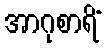
အာဂုစာရိံ